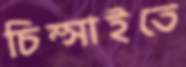
চিম্‌সাইতে